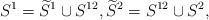
LaTeX: \begin{align*} S^1 = \widetilde S^1 \cup S^{12}, \widetilde S^2 = S^{12} \cup S^2, \end{align*}